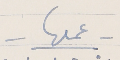
- عملها -